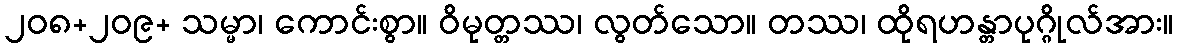
၂၀၈+၂၀၉+ သမ္မာ၊ ကောင်းစွာ။ ဝိမုတ္တဿ၊ လွတ်သော။ တဿ၊ ထိုရဟန္တာပုဂ္ဂိုလ်အား။